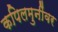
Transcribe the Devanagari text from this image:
कपिलमुनींवर